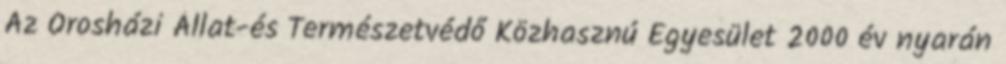
Az Orosházi Állat-és Természetvédő Közhasznú Egyesület 2000 év nyarán